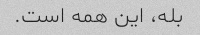
بله، این همه است.